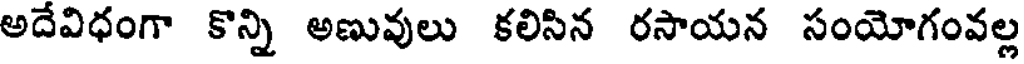
అదేవిధంగా కొన్ని అణువులు కలిసిన రసాయన సంయోగంవల్ల